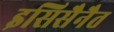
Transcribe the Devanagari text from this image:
इसिसैनैत